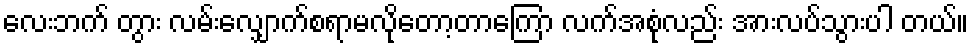
လေးဘက် တွား လမ်းလျှောက်စရာမလိုတော့တာကြော လက်အစုံလည်း အားလပ်သွားပါ တယ်။